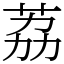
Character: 荔